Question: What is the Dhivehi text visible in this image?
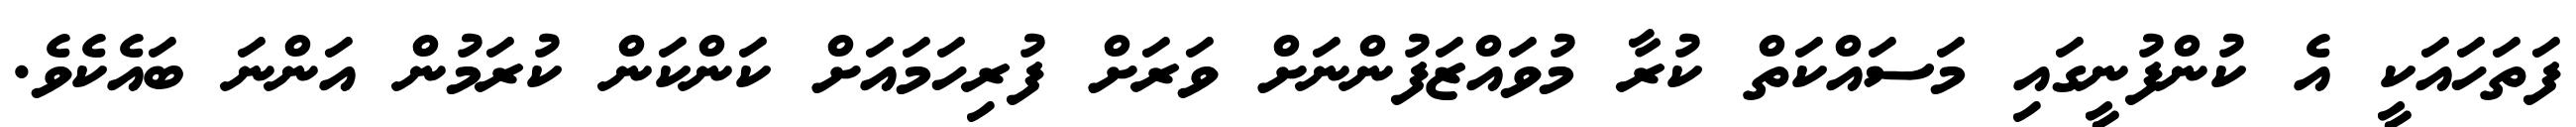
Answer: ފަތަހައަކީ އެ ކުންފުނީގައި މަސައްކަތް ކުރާ މުވައްޒަފުންނަށް ވަރަށް ފުރިހަމައަށް ކަންކަން ކުރަމުން އަންނަ ބައެކެވެ.